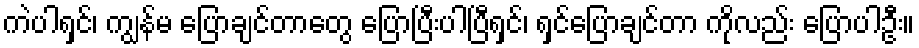
ကဲပါရှင်၊ ကျွန်မ ပြောချင်တာတွေ ပြောပြီးပါပြီရှင်၊ ရှင်ပြောချင်တာ ကိုလည်း ပြောပါဦး။